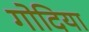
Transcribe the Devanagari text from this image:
गोदिया